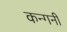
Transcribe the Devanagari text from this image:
कन्गनी